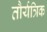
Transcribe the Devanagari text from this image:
तौर्यत्रिक